Civil Veterinary Department Bengal reports 1933-51 - 1933-1951
Year: 1933
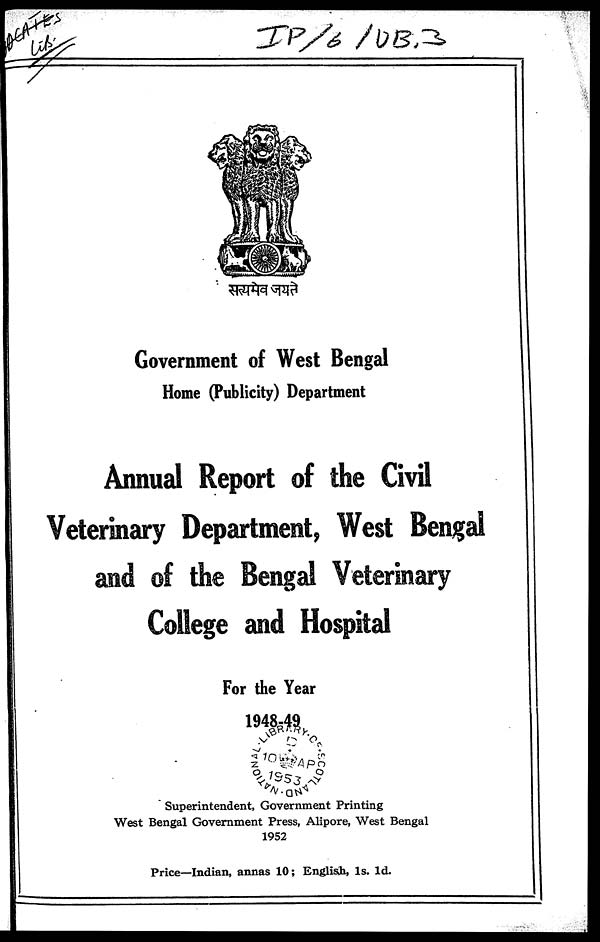
Government of West Bengal
Home (Publicity) Department
Annual Report of the Civil
Veterinary Department, West Bengal
College and Hospital
For the Year
1948-49
Superintendent, Government Printing
West Bengal Government Press, Alipore, West Bengal
1952
Price—Indian, annas 10; English, 1s. 1d.